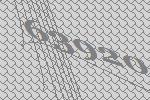
63920